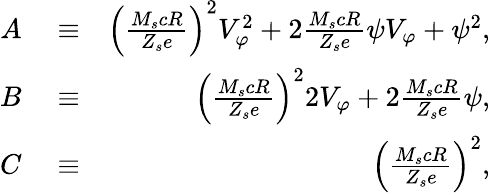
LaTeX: \begin{array}{rlr}{A}&{{}\equiv}&{\left(\frac{M_{s}cR}{Z_{s}e}\right)^{2}V_{\varphi}^{2}+2\frac{M_{s}cR}{Z_{s}e}\psi V_{\varphi}+\psi^{2},}\\ {B}&{{}\equiv}&{\left(\frac{M_{s}cR}{Z_{s}e}\right)^{2}2V_{\varphi}+2\frac{M_{s}cR}{Z_{s}e}\psi,}\\ {C}&{{}\equiv}&{\left(\frac{M_{s}cR}{Z_{s}e}\right)^{2},}\end{array}